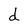
Character: d